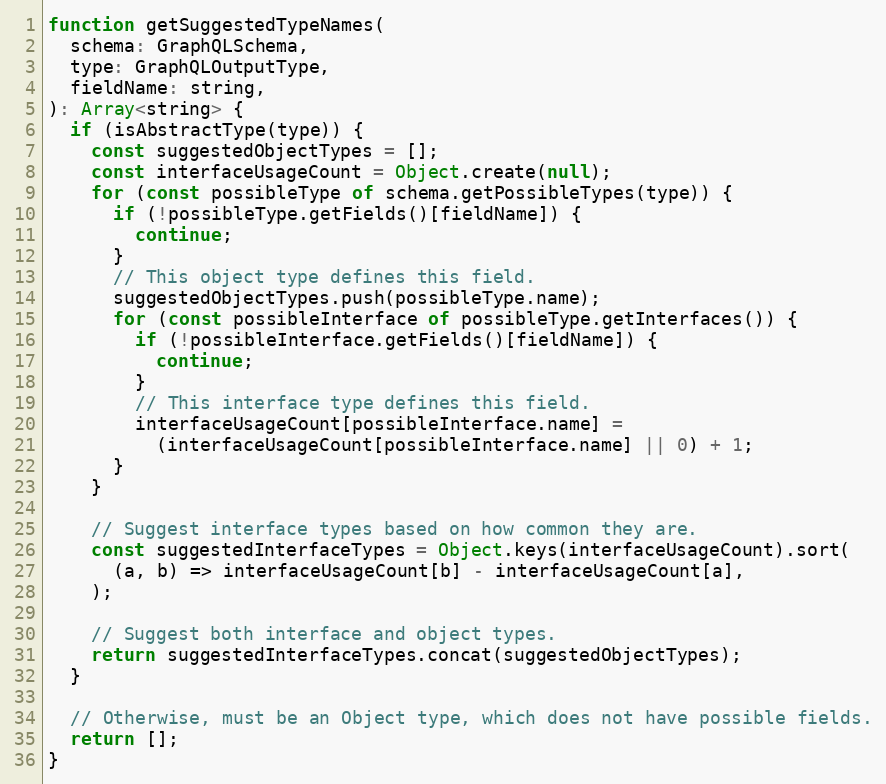
Language: JavaScript
function getSuggestedTypeNames(
  schema: GraphQLSchema,
  type: GraphQLOutputType,
  fieldName: string,
): Array<string> {
  if (isAbstractType(type)) {
    const suggestedObjectTypes = [];
    const interfaceUsageCount = Object.create(null);
    for (const possibleType of schema.getPossibleTypes(type)) {
      if (!possibleType.getFields()[fieldName]) {
        continue;
      }
      // This object type defines this field.
      suggestedObjectTypes.push(possibleType.name);
      for (const possibleInterface of possibleType.getInterfaces()) {
        if (!possibleInterface.getFields()[fieldName]) {
          continue;
        }
        // This interface type defines this field.
        interfaceUsageCount[possibleInterface.name] =
          (interfaceUsageCount[possibleInterface.name] || 0) + 1;
      }
    }

    // Suggest interface types based on how common they are.
    const suggestedInterfaceTypes = Object.keys(interfaceUsageCount).sort(
      (a, b) => interfaceUsageCount[b] - interfaceUsageCount[a],
    );

    // Suggest both interface and object types.
    return suggestedInterfaceTypes.concat(suggestedObjectTypes);
  }

  // Otherwise, must be an Object type, which does not have possible fields.
  return [];
}